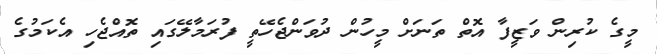
މީގެ ކުރިން ވަޒީފާ އޮތް ތަނަށް މީހުން ދުވަންޖެހޭތީ ފުރަމާލޭގައި ތޮއްޖެހި އެކަމުގެ